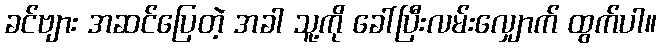
ခင်ဗျား အဆင်ပြေတဲ့ အခါ သူ့ကို ခေါ်ပြီးလမ်းလျှောက် ထွက်ပါ။